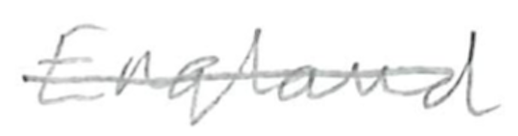
Text: England
Cross-out: single-line
Writing tool: pencil